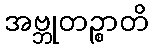
အဗ္ဘုတဉ္စာတိ